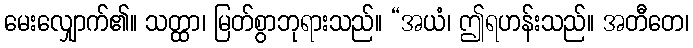
မေးလျှောက်၏။ သတ္ထာ၊ မြတ်စွာဘုရားသည်။ “အယံ၊ ဤရဟန်းသည်။ အတီတေ၊